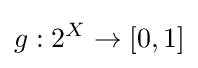
g:2^{X}\to [0,1]